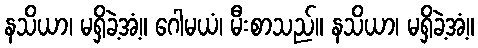
နသိယာ၊ မရှိခဲ့အံ့။ ဂေါမယံ၊ မီးစာသည်။ နသိယာ၊ မရှိခဲ့အံ့။